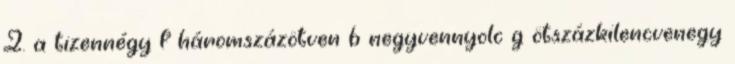
2. a tizennégy f háromszázötven b negyvennyolc g ötszázkilencvenegy